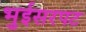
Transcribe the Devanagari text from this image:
भुईसरपट